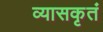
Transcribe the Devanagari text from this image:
व्यासकृतं